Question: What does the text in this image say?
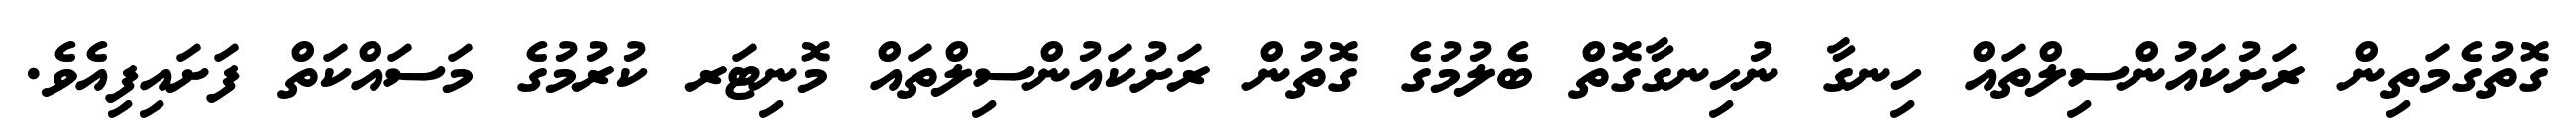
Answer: ގޮތުގެމަތިން ރަށުކައުންސިލްތައް ހިނގާ ނުހިނގާގޮތް ބެލުމުގެ ގޮތުން ރަށުކައުންސިލްތައް މޮނިޓަރ ކުރުމުގެ މަސައްކަތް ފަށައިފިއެވެ.